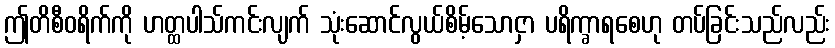
ဤတိစီဝရိက်ကို ဟတ္ထပါသ်ကင်းလျက် သုံးဆောင်လွယ်စိမ့်သောငှာ ပရိက္ခာရစေဟု တပ်ခြင်းသည်လည်း